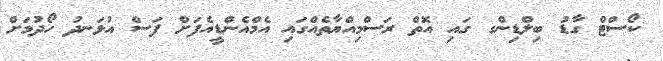
ކޯސްޓް ގާޑު ބިލްޑިންގ ގައި އޮތް ރަސްމިއްޔާތެއްގައި އެމްއެންޑީއެފަށް ފަސް އުޅަނދު ހޯދުމަށް